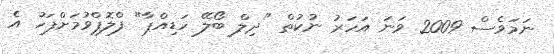
ނަމަވެސް 2009 ވަނަ އަހަރު ނުކުތް "ދިލް ބޯލޭ ހަޑިއްޕާ" ފްލޮޕްވުމަށްފަހު އެ